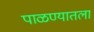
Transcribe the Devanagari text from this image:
पाळण्यातला